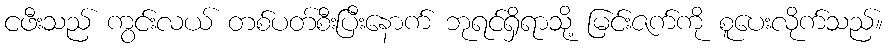
ငဖီးသည် ကွင်းလယ် တစ်ပတ်စီးပြီးနောက် ဘုရင်ရှိရာသို့ မြင်းဇက်ကို စူပေးလိုက်သည်။